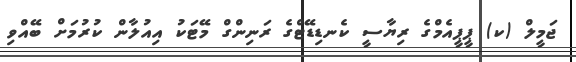
ޖަމީލް (ކ) ޕީޕީއެމްގެ ރިޔާސީ ކެނޑިޑޭޓްގެ ރަނިންގް މޭޓަކު އިއުލާން ކުރުމަށް ބޭއްވި